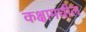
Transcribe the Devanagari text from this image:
कक्षामधील